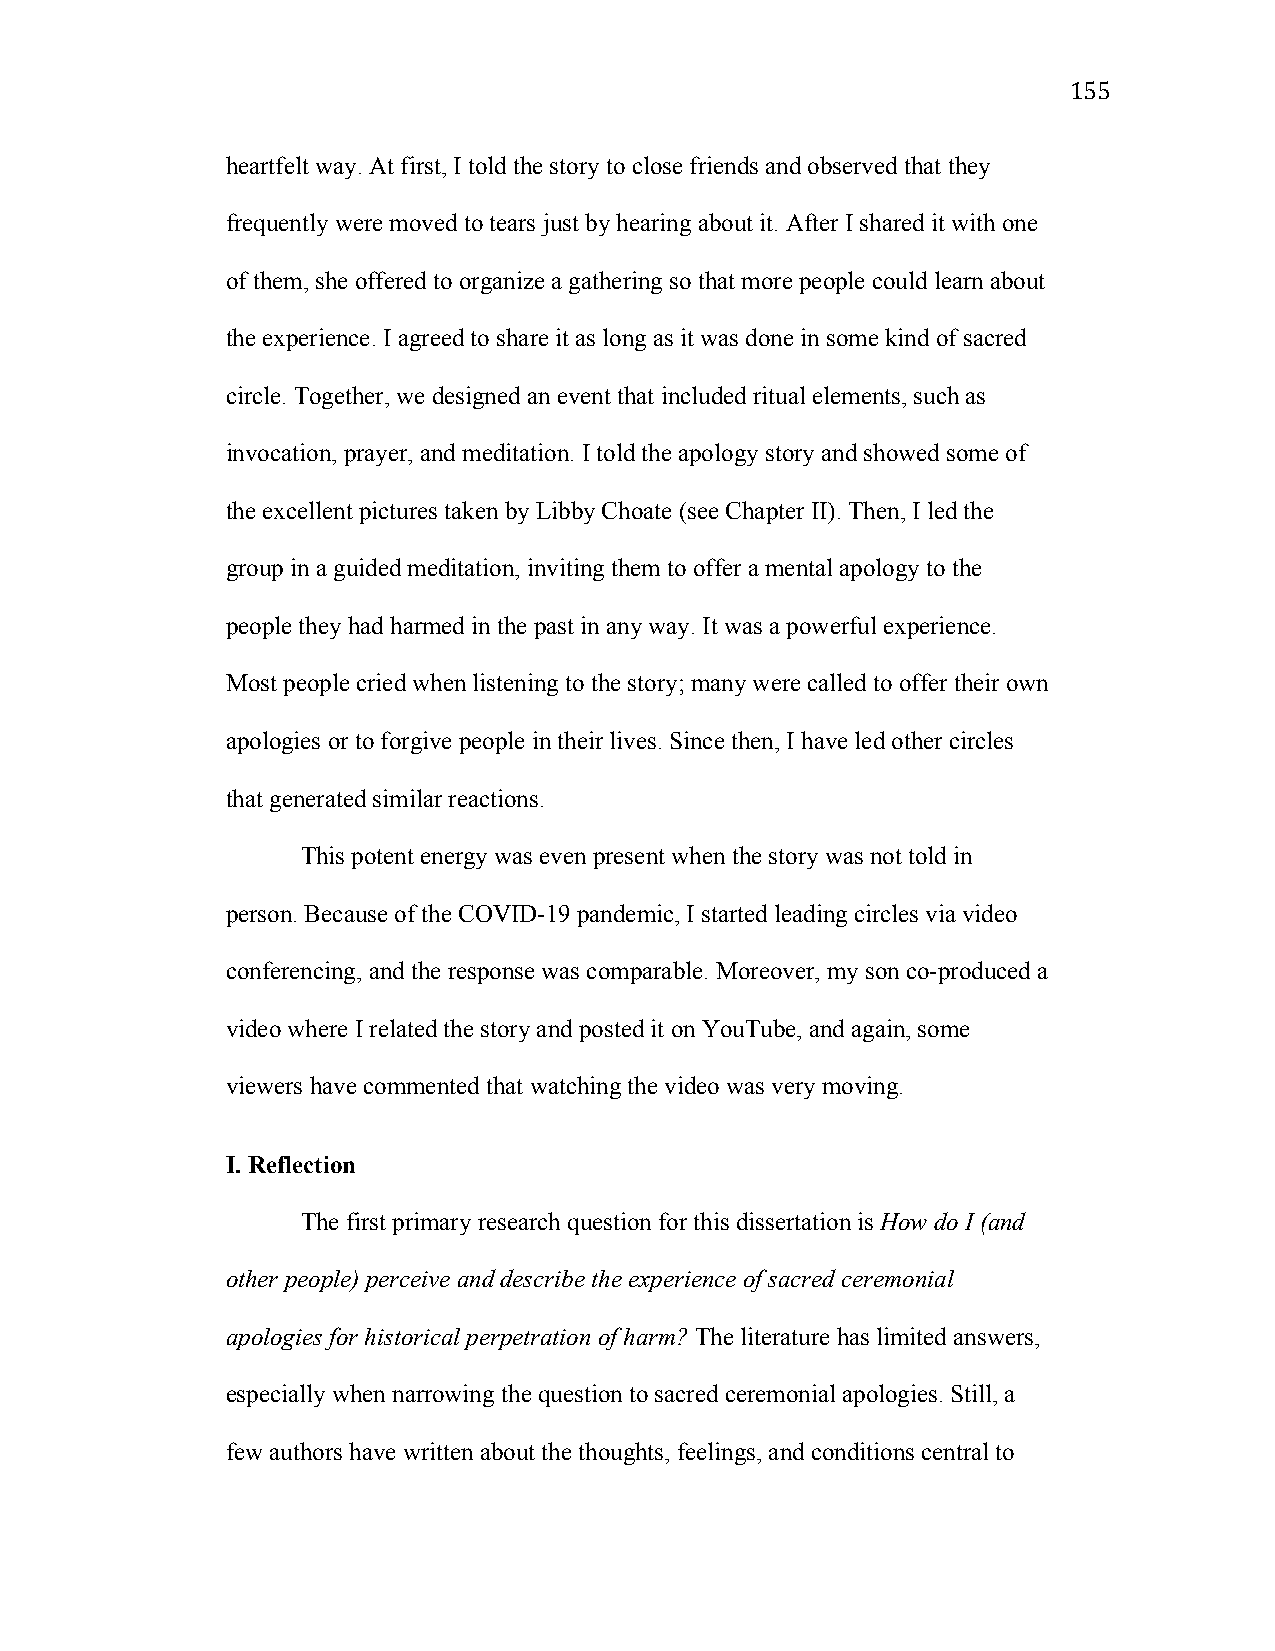
155
 heartfelt way. At first, I told the story to close friends and observed that they
 frequently were moved to tears just by hearing about it. After I shared it with one
 of them, she offered to organize a gathering so that more people could learn about
 the experience. I agreed to share it as long as it was done in some kind of sacred
 circle. Together, we designed an event that included ritual elements, such as
 invocation, prayer, and meditation. I told the apology story and showed some of
 the excellent pictures taken by Libby Choate (see Chapter II). Then, I led the
 group in a guided meditation, inviting them to offer a mental apology to the
 people they had harmed in the past in any way. It was a powerful experience.
 Most people cried when listening to the story; many were called to offer their own
 apologies or to forgive people in their lives. Since then, I have led other circles
 that generated similar reactions.
 This potent energy was even present when the story was not told in
 person. Because of the COVID-19 pandemic, I started leading circles via video
 conferencing, and the response was comparable. Moreover, my son co-produced a
 video where I related the story and posted it on YouTube, and again, some
 viewers have commented that watching the video was very moving.
 I. Reflection
 The first primary research question for this dissertation is How do I (and
 other people) perceive and describe the experience of sacred ceremonial
 apologies for historical perpetration of harm? The literature has limited answers,
 especially when narrowing the question to sacred ceremonial apologies. Still, a
 few authors have written about the thoughts, feelings, and conditions central to